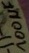
Text: 100µF